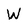
Character: W